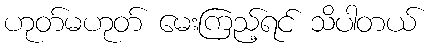
ဟုတ်မဟုတ် မေးကြည့်ရင် သိပါတယ်